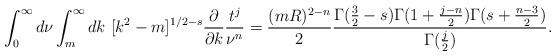
LaTeX: \begin{align*}\int^\infty _0 d\nu\int^\infty_m dk\ [k^2 -m]^{1/2 -s} \frac{\partial}{\partial k} \frac{t^j}{\nu^n}=\frac{(mR)^{2-n}}2\frac{\Gamma (\frac32-s)\Gamma (1+\frac{j-n}2)\Gamma (s+\frac{n-3}2)}{\Gamma (\frac j2)}.\end{align*}